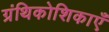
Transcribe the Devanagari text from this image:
ग्रंथिकोशिकाएँ